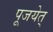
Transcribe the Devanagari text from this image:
पूजयेत्